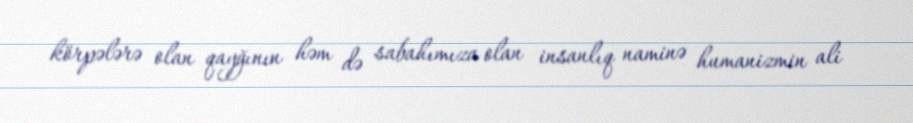
körpələrə olan qayğının həm də sabahımıza olan insanlıq naminə humanizmin ali